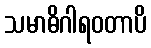
သမာဓိဂါရဝတာပိ